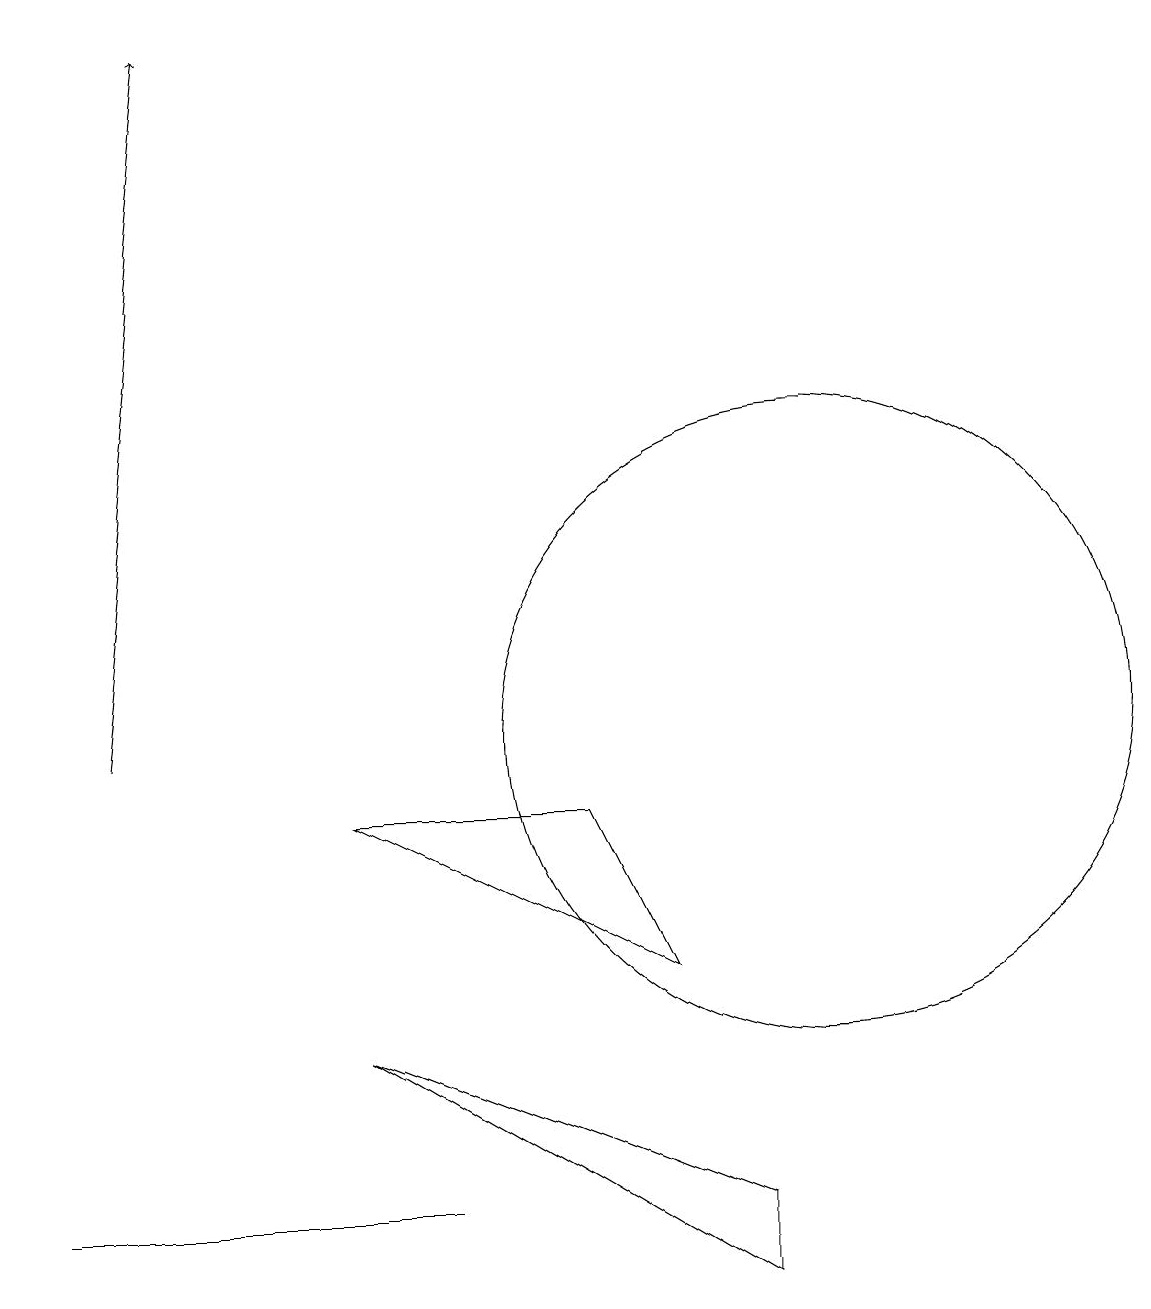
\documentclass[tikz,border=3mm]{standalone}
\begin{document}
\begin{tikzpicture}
\draw (0,4) -- (5,4) -- (2,4) -- cycle;
\draw (8,7) -- (4,9) -- (7,9) -- cycle;
\draw[->] (1,10) -- (2,19);
\draw (10,10) circle (4);
\draw (9,3) -- (4,6) -- (9,4) -- cycle;
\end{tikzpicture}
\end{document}